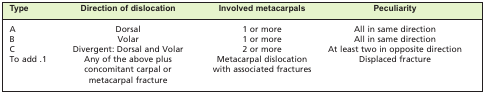
<table><thead><tr><td><b>Type</b></td><td><b>Direction of dislocation</b></td><td><b>Involved metacarpals</b></td><td><b>Peculiarity</b></td></tr></thead><tbody><tr><td>A</td><td>Dorsal</td><td>1 or more</td><td>All in same direction</td></tr><tr><td>B</td><td>Volar</td><td>1 or more</td><td>All in same direction</td></tr><tr><td>C</td><td>Divergent: Dorsal and Volar</td><td>2 or more</td><td>At least two in opposite direction</td></tr><tr><td>To add .1</td><td>Any of the above plus concomitant carpal or metacarpal fracture</td><td>Metacarpal dislocation with associated fractures</td><td>Displaced fracture</td></tr></tbody></table>